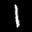
Label: 1